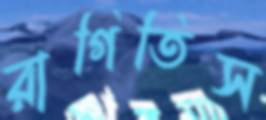
রাগিতিস